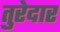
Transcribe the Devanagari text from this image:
तुरेदार